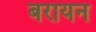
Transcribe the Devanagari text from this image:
बरायन